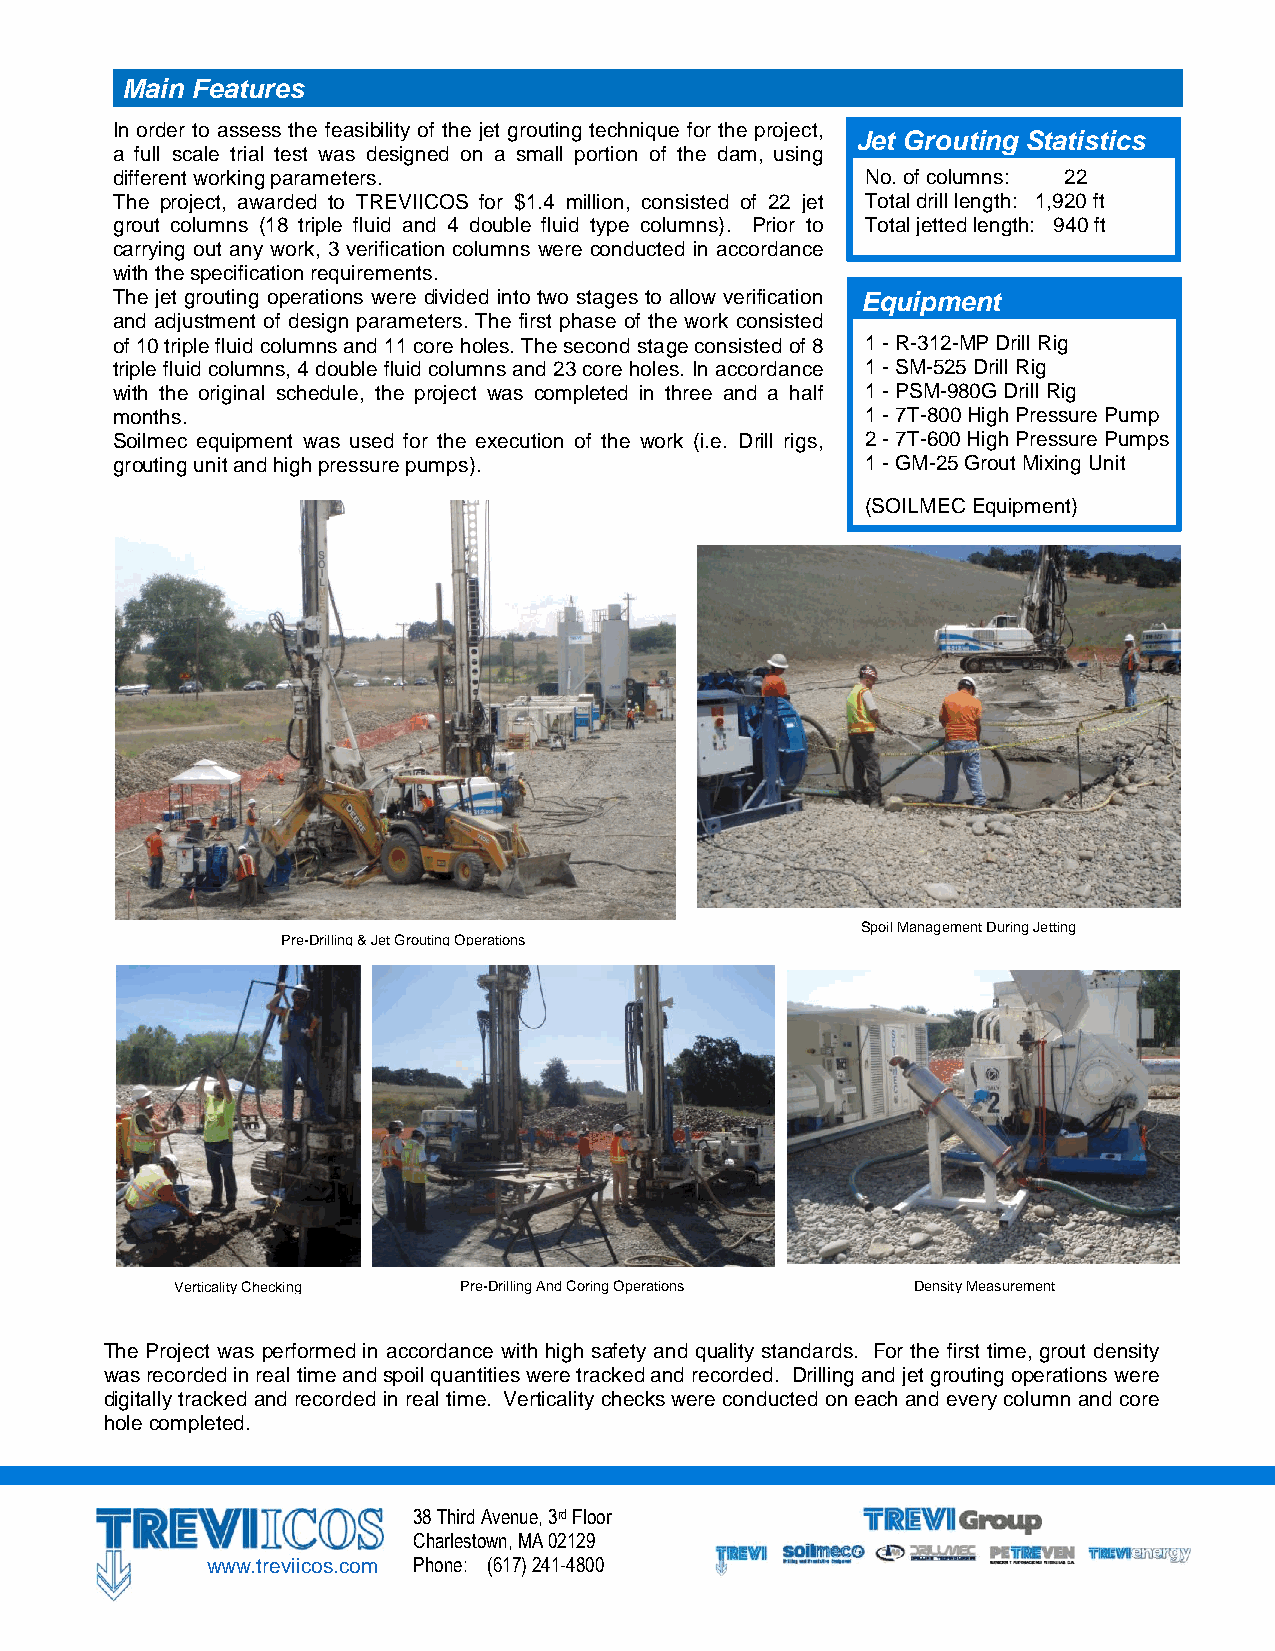
Main Features
 In order to assess the feasibility of the jet grouting technique for the project,
 Jet Grouting Statistics
 a full scale trial test was designed on a small portion of the dam, using
 different working parameters.                     No. of columns: 22
 The project, awarded to TREVIICOS for $1.4 million, consisted of 22 jet Total drill length: 1,920 ft
 grout columns (18 triple fluid and 4 double fluid type columns). Prior to Total jetted length: 940 ft
 carrying out any work, 3 verification columns were conducted in accordance
 with the specification requirements.
 The jet grouting operations were divided into two stages to allow verification Equipment
 and adjustment of design parameters. The first phase of the work consisted
 of 10 triple fluid columns and 11 core holes. The second stage consisted of 8 1 - R-312-MP Drill Rig
 triple fluid columns, 4 double fluid columns and 23 core holes. In accordance 1 - SM-525 Drill Rig
 with the original schedule, the project was completed in three and a half 1 - PSM-980G Drill Rig
 months.                                           1 - 7T-800 High Pressure Pump
 Soilmec equipment was used for the execution of the work (i.e. Drill rigs, 2 - 7T-600 High Pressure Pumps
 grouting unit and high pressure pumps).           1 - GM-25 Grout Mixing Unit
 (SOILMEC Equipment)
 Spoil Management During Jetting
 Pre-Drilling & Jet Grouting Operations
 Verticality Checking Pre-Drilling And Coring Operations Density Measurement
 The Project was performed in accordance with high safety and quality standards. For the first time, grout density
 was recorded in real time and spoil quantities were tracked and recorded. Drilling and jet grouting operations were
 digitally tracked and recorded in real time. Verticality checks were conducted on each and every column and core
 hole completed.
 38 Third Avenue, 3rd Floor
 Charlestown, MA 02129
 www.treviicos.com Phone: (617) 241-4800